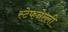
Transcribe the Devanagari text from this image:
स्टेफनेल्ली